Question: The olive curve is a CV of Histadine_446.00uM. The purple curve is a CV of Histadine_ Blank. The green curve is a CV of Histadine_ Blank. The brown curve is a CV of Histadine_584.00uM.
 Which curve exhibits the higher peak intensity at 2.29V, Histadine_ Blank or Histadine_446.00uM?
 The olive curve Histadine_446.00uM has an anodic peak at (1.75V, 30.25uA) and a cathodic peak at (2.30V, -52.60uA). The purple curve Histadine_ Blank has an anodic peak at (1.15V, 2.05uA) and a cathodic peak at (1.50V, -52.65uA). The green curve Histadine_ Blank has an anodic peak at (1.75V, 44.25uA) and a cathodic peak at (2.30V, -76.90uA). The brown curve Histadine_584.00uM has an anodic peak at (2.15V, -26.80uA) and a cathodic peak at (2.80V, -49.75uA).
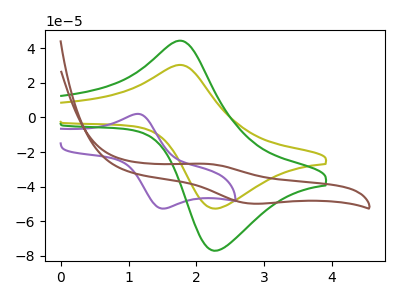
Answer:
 <answer>The peak at 2.29V is higher in "Histadine_ Blank" than in "Histadine_446.00uM".</answer>
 <eval>higher</eval>